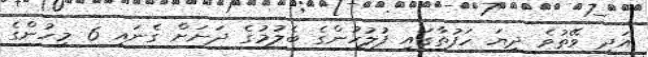
އަދި ވޭތުވެ ދިޔަ ހަފުތާގައި ފުލުހުންގެ ބެލުމުގެ ދަށަށް ގެނައި 6 މީހުންގެ